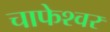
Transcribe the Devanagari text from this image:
चाफेश्वर